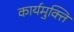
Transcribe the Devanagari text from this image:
कार्यमुक्ति